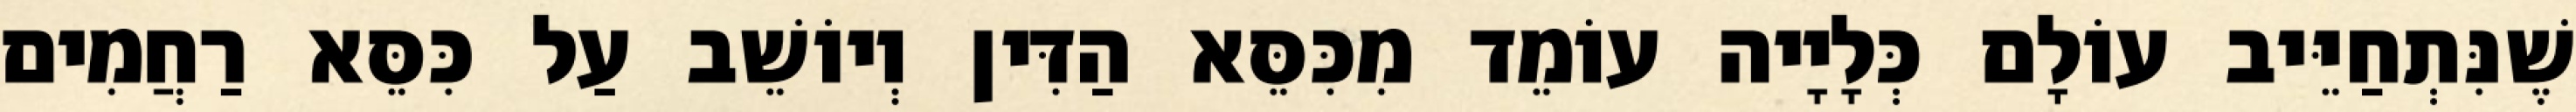
שֶׁנִּתְחַיֵּיב עוֹלָם כְּלָיָיה עוֹמֵד מִכִּסֵּא הַדִּין וְיוֹשֵׁב עַל כִּסֵּא רַחֲמִים